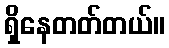
ရှိနေတတ်တယ်။